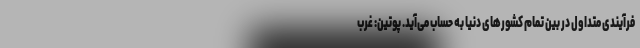
فرآیندی متداول در بین تمام کشورهای دنیا به حساب می‌آید. پوتین: غرب